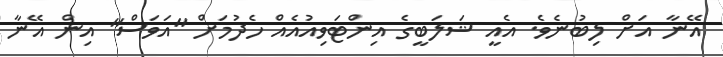
އޭނާ އަށް ލިބުނެވެ. އެއީ ޝަލަބީގެ އިންޓަވިއުއެއް ހެދުމަށް "އަވަސް" އިން އޭނާ